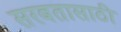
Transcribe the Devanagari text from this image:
सरबतासाठी